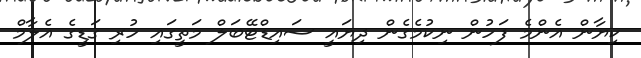
ކިޔާން އެންމެ ފަހުން ނިކުމެގެން ދިޔައީ ސައިޑްޓޭބަލް މަތީގައި ހުރި ގަޑީގެ އެލާމް